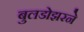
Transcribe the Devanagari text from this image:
बुलडोझरने